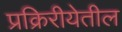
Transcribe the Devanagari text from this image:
प्रक्रिरीयेतील